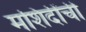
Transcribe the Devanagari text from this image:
मशिदींची